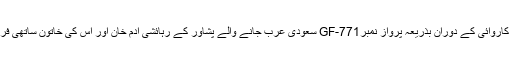
اے این ایف راولپنڈی نے نیو اسلام آباد انٹرنیشنل ایئرپورٹ پر کاروائی کے دوران بذریعہ پرواز نمبرGF-771 سعودی عرب جانے والے پشاور کے رہائشی آدم خان اور اس کی خاتون ساتھی فریال بی بی نامی دو مسافروں کو شک کی بنا پر تحویل میں لیا۔